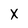
Character: X